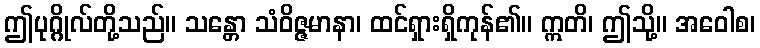
ဤပုဂ္ဂိုလ်တို့သည်။ သန္တော သံဝိဇ္ဇမာနာ၊ ထင်ရှားရှိကုန်၏။ ဣတိ၊ ဤသို့။ အဝေါစ၊